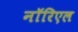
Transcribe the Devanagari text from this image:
नॉरिएल